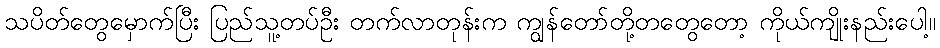
သပိတ်တွေမှောက်ပြီး ပြည်သူ့တပ်ဦး တက်လာတုန်းက ကျွန်တော်တို့တတွေတော့ ကိုယ်ကျိုးနည်းပေါ့။